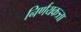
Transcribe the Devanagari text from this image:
निर्णयकत्र्ता